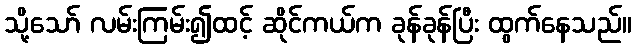
သို့သော် လမ်းကြမ်း၍ထင့် ဆိုင်ကယ်က ခုန်ခုန်ပြီး ထွက်နေသည်။